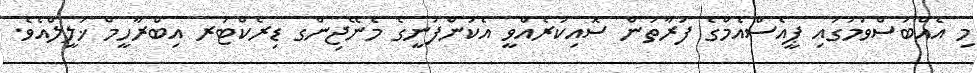
މި އެއްބަސްވުމުގައި ޕީއެސްއެމްގެ ފަރާތުން ސޮއިކުރެއްވީ އެކުންފުނީގެ މެނޭޖިންގ ޑިރެކްޓަރ އިބްރާހީމް ޚަލީލްއެވެ.